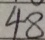
4 8